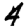
Digit: 4